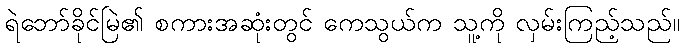
ရဲဘော်ခိုင်မြဲ၏ စကားအဆုံးတွင် ကေသွယ်က သူ့ကို လှမ်းကြည့်သည်။